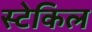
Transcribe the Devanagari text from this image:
स्टेकिल